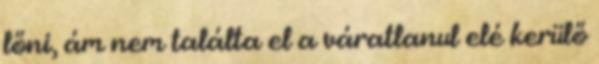
lőni, ám nem találta el a váratlanul elé kerülő